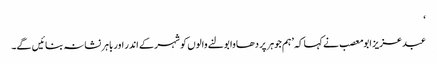
‘
عبدعزیز ابو معصب نے کہا کہ ’ہم جوہر پر دھاوا بولنے والوں کو شہر کے اندر اور باہر نشانہ بنائیں گے۔